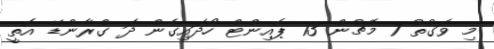
މި ވަގުތު 7 މެޗުން 13 ޕޮއިންޓް ހޯދައިގެން ދަ ގްރާންޑޭ އޮތީ